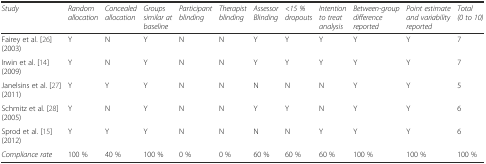
<table><thead><tr><td><b><i>Study</i></b></td><td><b><i>Random allocation</i></b></td><td><b><i>Concealed allocation</i></b></td><td><b><i>Groups similar at baseline</i></b></td><td><b><i>Participant blinding</i></b></td><td><b><i>Therapist blinding</i></b></td><td><b><i>Assessor Blinding</i></b></td><td><b><i>&lt;15 % dropouts</i></b></td><td><b><i>Intention to treat analysis</i></b></td><td><b><i>Between-group difference reported</i></b></td><td><b><i>Point estimate and variability reported</i></b></td><td><b><i>Total (0 to 10)</i></b></td></tr></thead><tbody><tr><td>Fairey et al. [26] (2003)</td><td>Y</td><td>N</td><td>Y</td><td>N</td><td>N</td><td>Y</td><td>Y</td><td>Y</td><td>Y</td><td>Y</td><td>7</td></tr><tr><td>Irwin et al. [14] (2009)</td><td>Y</td><td>N</td><td>Y</td><td>N</td><td>N</td><td>Y</td><td>Y</td><td>Y</td><td>Y</td><td>Y</td><td>7</td></tr><tr><td>Janelsins et al. [27] (2011)</td><td>Y</td><td>Y</td><td>Y</td><td>N</td><td>N</td><td>N</td><td>N</td><td>N</td><td>Y</td><td>Y</td><td>5</td></tr><tr><td>Schmitz et al. [28] (2005)</td><td>Y</td><td>N</td><td>Y</td><td>N</td><td>N</td><td>Y</td><td>Y</td><td>N</td><td>Y</td><td>Y</td><td>6</td></tr><tr><td>Sprod et al. [15] (2012)</td><td>Y</td><td>Y</td><td>Y</td><td>N</td><td>N</td><td>N</td><td>N</td><td>Y</td><td>Y</td><td>Y</td><td>6</td></tr><tr><td><i>Compliance rate</i></td><td>100 %</td><td>40 %</td><td>100 %</td><td>0 %</td><td>0 %</td><td>60 %</td><td>60 %</td><td>60 %</td><td>100 %</td><td>100 %</td><td>100 %</td></tr></tbody></table>